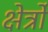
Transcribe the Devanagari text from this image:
क्षेर्त्रों